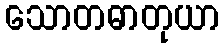
သောတဓာတုယာ